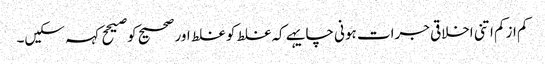
کم ازکم اتنی اخلاقی جرات ہونی چایہے کہ غلط کو غلط اور صحیح کو صیحح کہہ سکیں۔